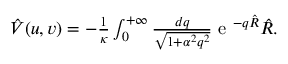
\begin{array} { r } { { \hat { V } } ( u , v ) = - \frac { 1 } { \kappa } \int _ { 0 } ^ { + \infty } \frac { d q } { \sqrt { 1 + \alpha ^ { 2 } q ^ { 2 } } } \textrm { e } ^ { - q { \hat { R } } } { \hat { R } } . } \end{array}